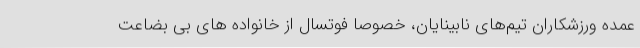
عمده ورزشکاران تیم‌های نابینایان، خصوصا فوتسال از خانواده های بی بضاعت